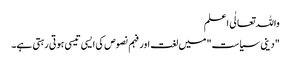
واللہ تعالٰی اعلم
"دینی سیاست" میں لغت اور فہم نصوص کی ایسی تیسی ہوتی رہتی ہے۔